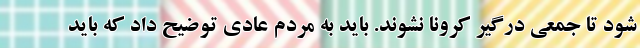
شود تا جمعی درگیر کرونا نشوند. باید به مردم عادی توضیح داد که باید